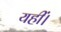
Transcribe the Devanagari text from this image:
यहीं।